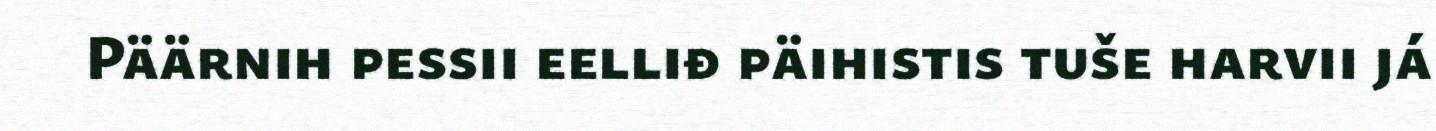
Päärnih pessii eelliđ päihistis tuše harvii já